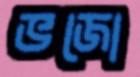
ভজো